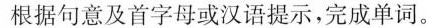
根据句意及首字母或汉语提示,完成单词.